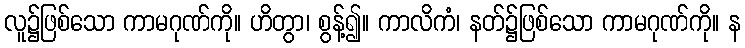
လူ၌ဖြစ်သော ကာမဂုဏ်ကို။ ဟိတွာ၊ စွန့်၍။ ကာလိကံ၊ နတ်၌ဖြစ်သော ကာမဂုဏ်ကို။ န